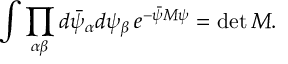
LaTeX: \int \prod _ { \alpha \beta } d \bar { \psi } _ { \alpha } d \psi _ { \beta } \, e ^ { - \bar { \psi } M \psi } = \operatorname * { d e t } M .